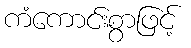
ကံကောင်းစွာဖြင့်